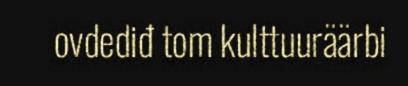
ovdediđ tom kulttuuräärbi